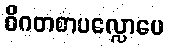
ဝိဂတစာပလ္လောပေ